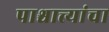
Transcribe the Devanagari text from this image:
पाश्चात्त्यांचा